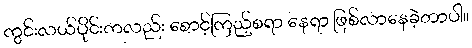
ကွင်းလယ်ပိုင်းကလည်း စောင့်ကြည့်စရာ နေရာ ဖြစ်လာနေခဲ့တာပါ။